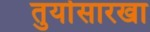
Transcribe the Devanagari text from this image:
तुर्यासारखा